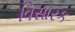
વિસારક